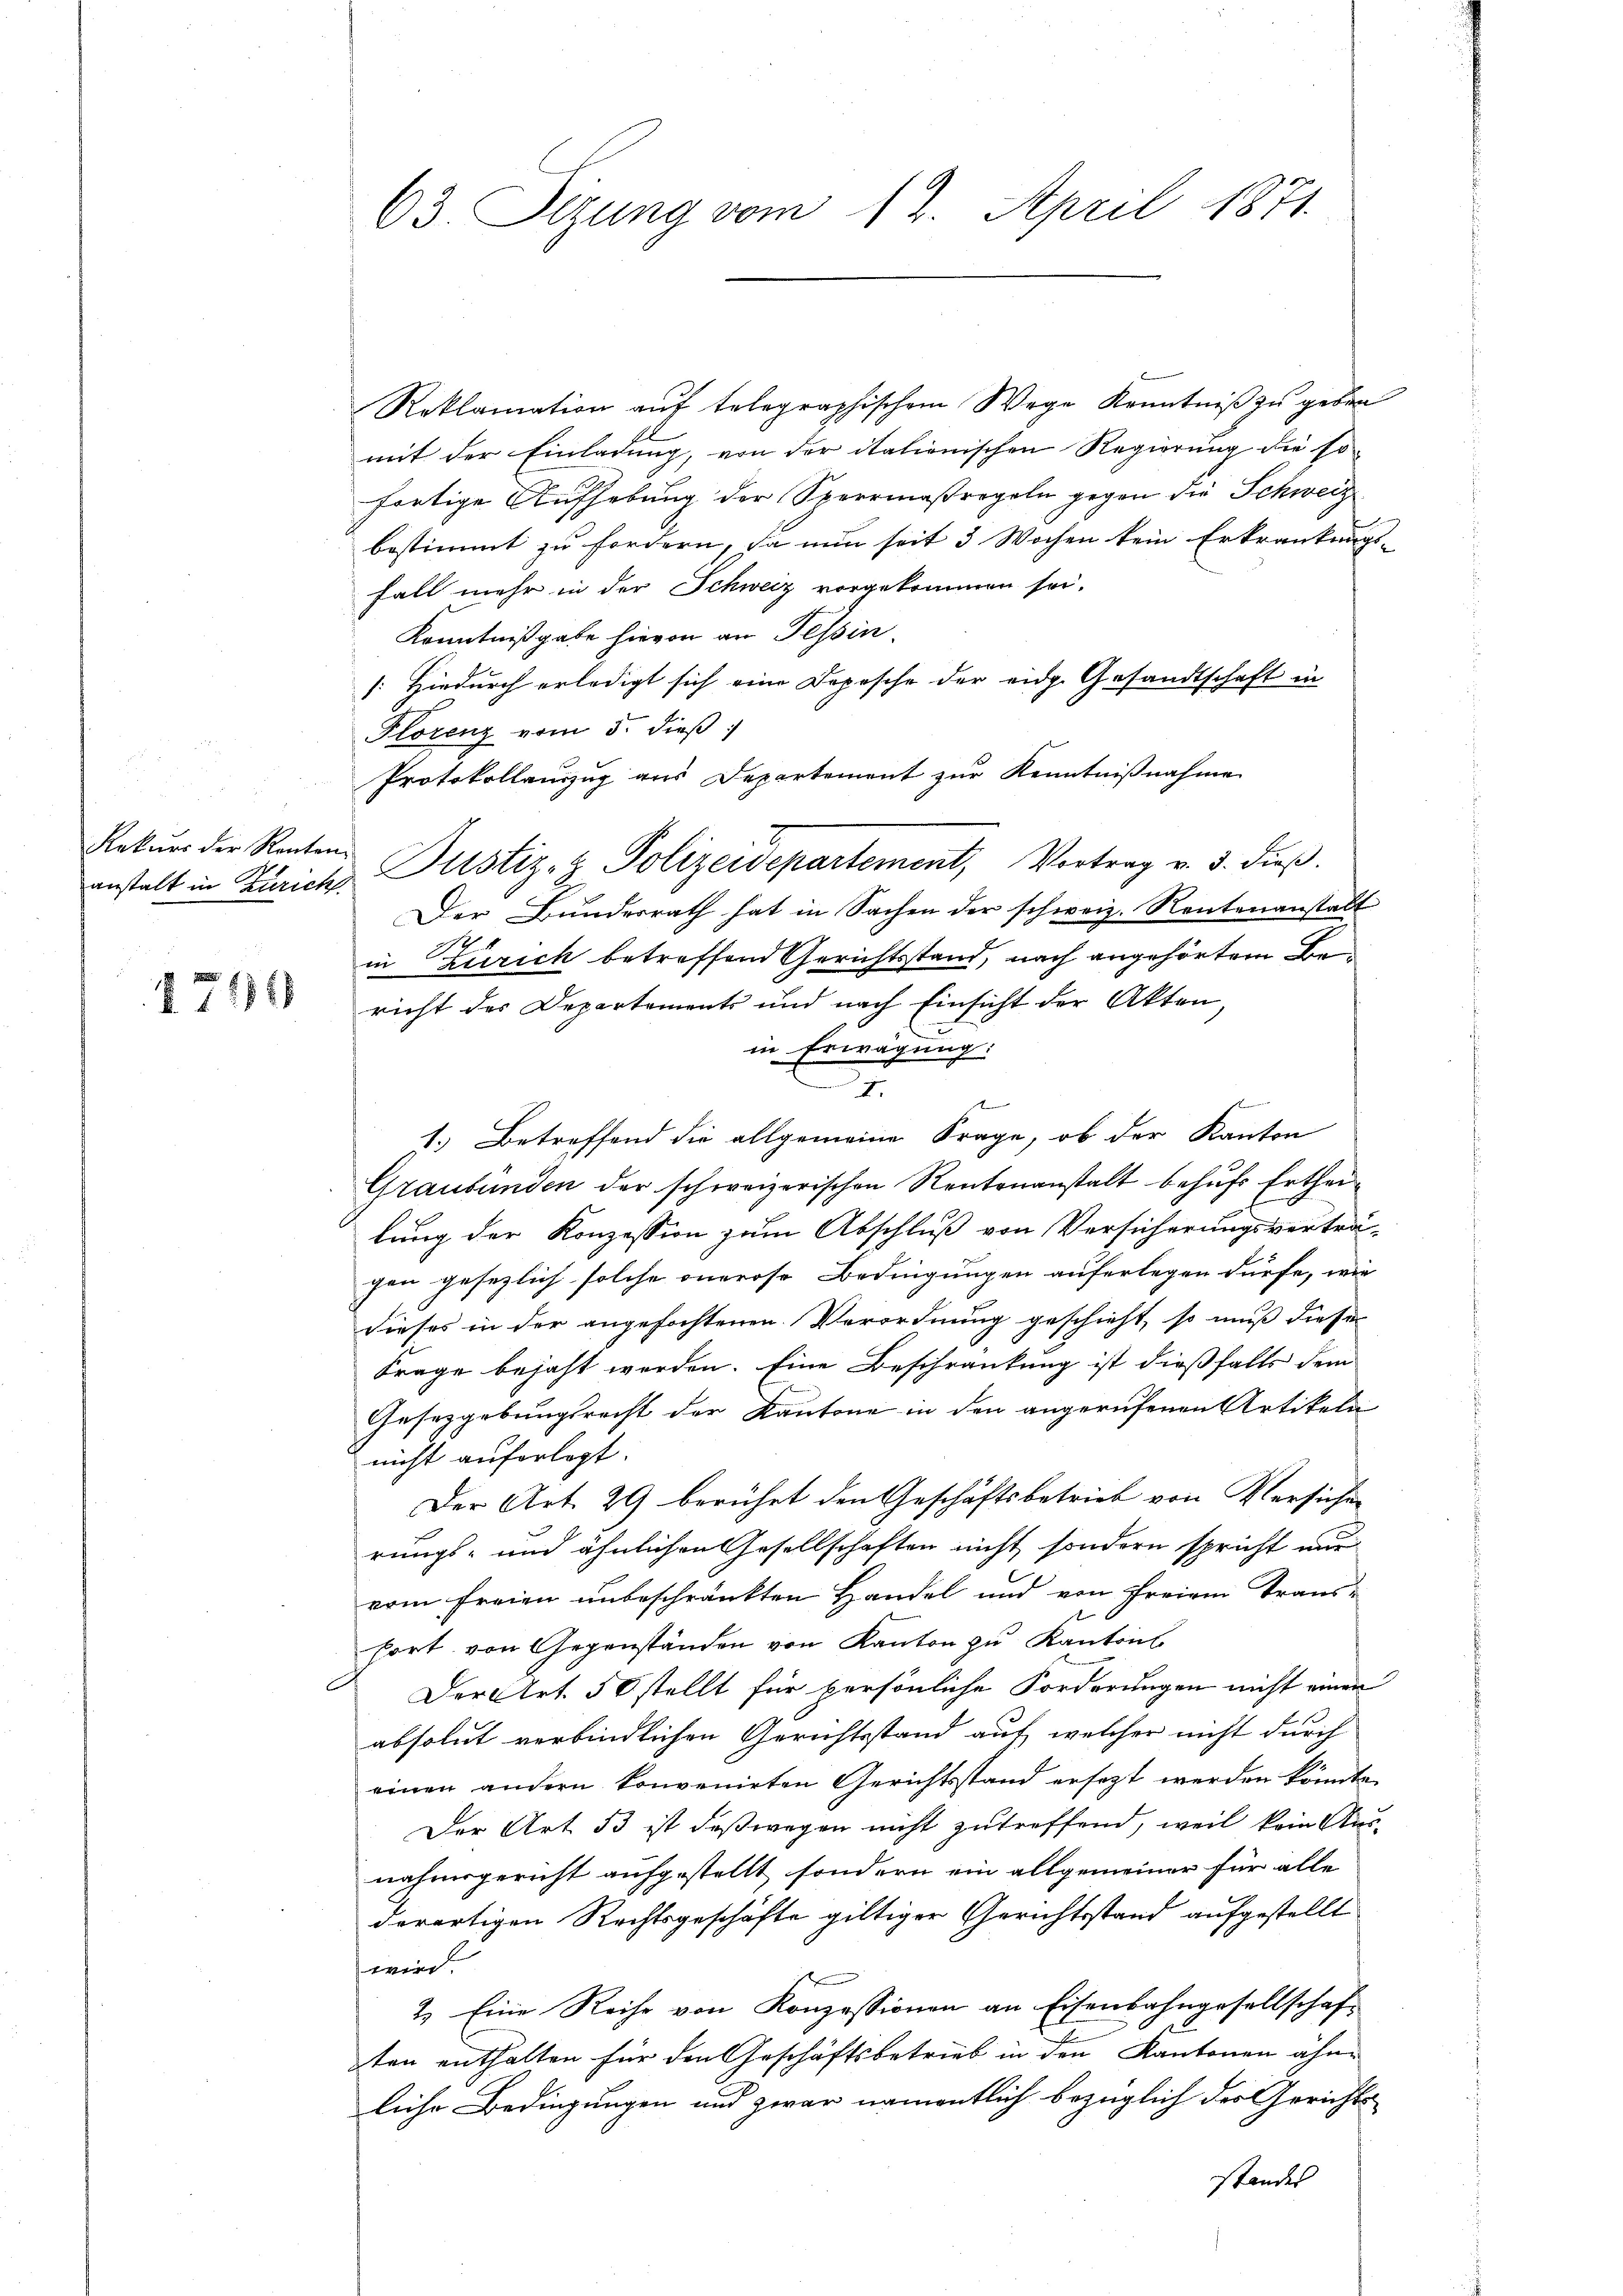
Rekurs der Renten

1741

63. Sizung vom 12. April 1871.

Reklamation aŭf telegraphischem Wege Kenntniβ zŭ geben
mit der Einladung, von der italienischen Regierung die sofortige Aufhebung der Sperrmaßregeln gegen die Schweiz
bestimmt zu fordern, da nun seit 3 Wochen kein Erkrankungs-
Fall mehr in der Schweiz vorgekommen sei.
Kenntnißgabe hievon an Tessin.
(: Hiedurch erledigt sich eine Depesche der eidg. Gesandtschaft in
Florenz vom 5. dieß:
Protokollauszug aus Departement zur Kenntnißnahme
Der Bŭndesrath hat in Sachen der schweiz. Rentenanstalt
in Zürich betreffend Gerichtsstand, nach angehörtem Be
richt des Departements und nach Einsicht der Akten,
in Erwägung:
I.
t
1. Betreffend die allgemeine Frage, ob der Kanton
Graubünden der schweizerischen Rentenanstalt behufs Ertheilung der Konzession zum Abschluß von Versicherungsverträ-
gen gesezlich solche onerose Bedingungen auferlegen dürfe, wie
dieses in der angefochtenen Verordnung geschieht, so muß dieser
Frage bejaht werden. Eine Beschränkung ist dießfalls dem
Gesetzgebungsrecht der Kantone in den angerufenen Artikeln
nicht auferlegt.
Der Art. 29 berührt den Geschäftsbetrieb von Versichen
rungs- und ähnlichen Gesellschaften nicht sondern spricht nur
vom freien unbeschränkten Handel und von Freien Trans-
fort von Gegenständen von Kanton zu Kantons
Der Art. 50 stellt für persönliche Forderungen nicht einen
absolut verbindlichen Gerichtsstand auf welcher nicht durch
einen andern konvenirten Gerichtsstand ersezt werden könnte.
Der Art. 33 ist deßwegen nicht zutreffend, weil kein Ausnahmsgericht aufgestellt, sondern ein allgemeiner für alle
derartigen Rechtsgeschäfte giltiger Gerichtsstand aufgestellt
wird.
2. Eine Reihe von Konzessionen an Eisenbahngesellschaf-
ten enthalten für den Geschäftsbetrieb in den Kantonen ähnliche Bedingungen und zwar namentlich bezüglich der Gerichts-
standes

anstalt in Zürich Pustiz- & Polizeidepartement, Vortrag v. 3. dieβ.